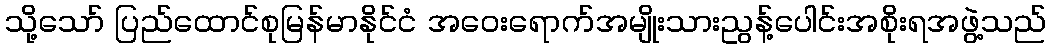
သို့သော် ပြည်ထောင်စုမြန်မာနိုင်ငံ အဝေးရောက်အမျိုးသားညွန့်ပေါင်းအစိုးရအဖွဲ့သည်